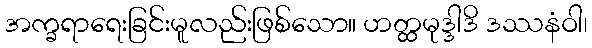
အက္ခရာရေးခြင်းမူလည်းဖြစ်သော။ ဟတ္ထမုဒ္ဒါဒိ ဒဿနံဝါ၊